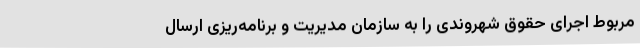
مربوط اجرای حقوق شهروندی را به سازمان مدیریت و برنامه‌ریزی ارسال